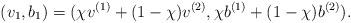
LaTeX: \begin{align*}(v_1, b_1)=(\chi v^{(1)}+(1-\chi)v^{(2)}, \chi b^{(1)}+(1-\chi)b^{(2)}).\end{align*}